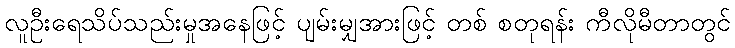
လူဦးရေသိပ်သည်းမှုအနေဖြင့် ပျမ်းမျှအားဖြင့် တစ် စတုရန်း ကီလိုမီတာတွင်